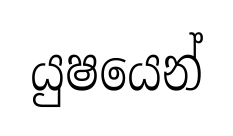
යුෂයෙන්